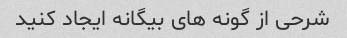
شرحی از گونه های بیگانه ایجاد کنید